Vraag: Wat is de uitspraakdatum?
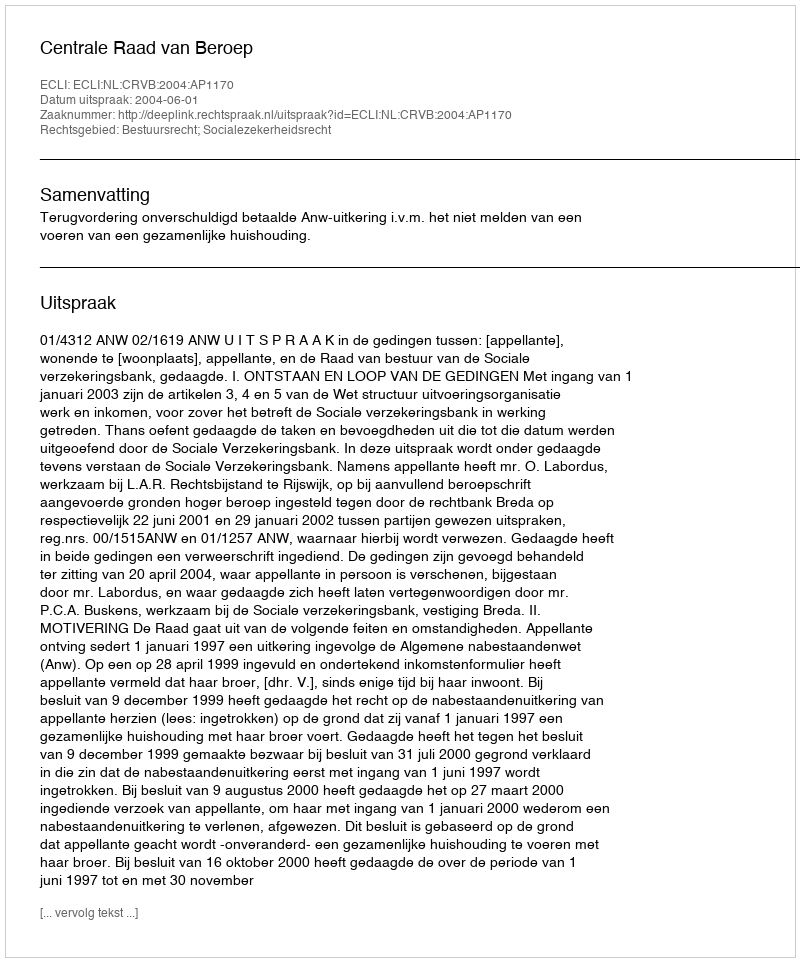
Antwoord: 2004-06-01